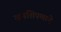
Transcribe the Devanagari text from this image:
खुनशिपणाने